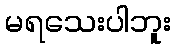
မရသေးပါဘူး